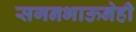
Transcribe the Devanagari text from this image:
सगनभाऊनेही